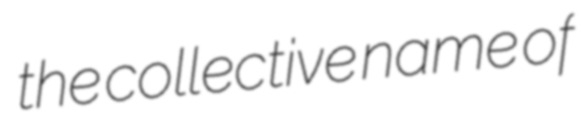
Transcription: the collective name of